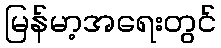
မြန်မာ့အရေးတွင်